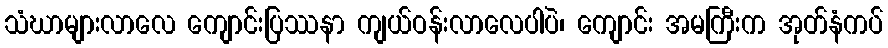
သံဃာများလာလေ ကျောင်းပြဿနာ ကျယ်ဝန်းလာလေပါပဲ၊ ကျောင်း အမကြီးက အုတ်နံကပ်